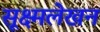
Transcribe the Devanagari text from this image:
सूक्ष्मलेखन